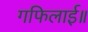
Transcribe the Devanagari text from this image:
गफिलाई॥